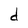
Character: d